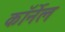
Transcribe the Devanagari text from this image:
काॅर्नेल